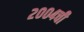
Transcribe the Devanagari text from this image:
२००४ची